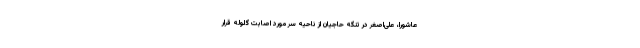
عاشورا، علی‌اصغر در تنگه حاجیان از ناحیه سر مورد اصابت گلوله قرار